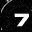
Digit: 7